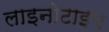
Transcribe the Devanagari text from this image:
लाइनोटाइप